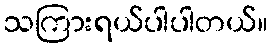
သကြားရယ်ပါပါတယ်။